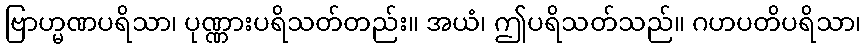
ဗြာဟ္မဏပရိသာ၊ ပုဏ္ဏားပရိသတ်တည်း။ အယံ၊ ဤပရိသတ်သည်။ ဂဟပတိပရိသာ၊